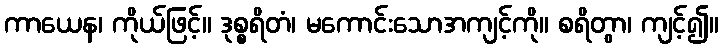
ကာယေန၊ ကိုယ်ဖြင့်။ ဒုစ္စရိတံ၊ မကောင်းသောအကျင့်ကို။ စရိတွာ၊ ကျင့်၍။